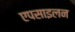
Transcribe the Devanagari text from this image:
एपसाइलन